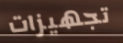
تجهيزات